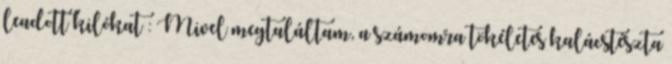
leadott kilókat : Mivel megtaláltam, a számomra tökéletes kalácstészta